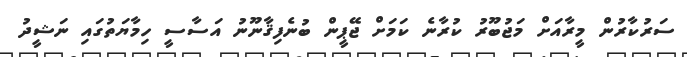
ސަރުކާރުން މީރާއަށް މަޖުބޫރު ކުރާނެ ކަމަށް ޖޭޕީން ބުނެފިޤާނޫނު އަސާސީ ހިމާޔަތުގައި ނަޝީދު